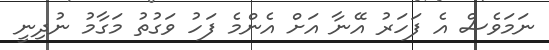
ނަމަވެސް އެ ފަހަރު އޭނާ އަށް އެންމެ ފަހު ވަގުތު މަގާމު ނުދިނީ